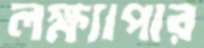
লক্ষ্যাপার